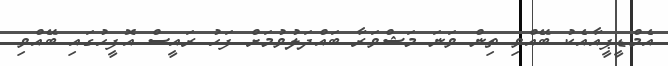
އެމްޑީޕީއާއެކު ބޭއްވި ތިން ވަނަ މަޝްވަރާ ބައްދަލުވުމަށް ފަހު ރައީސް އޮފީހުގައި ބޭއްވި